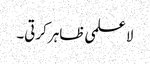
لا علمی ظاہر کرتی۔